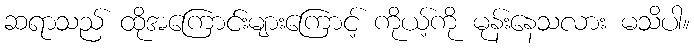
ဆရာသည် ထိုအကြောင်းများကြောင့် ကိုယ့်ကို မုန်းနေသလား မသိပါ။